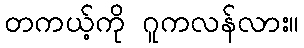
တကယ့်ကို ဂူကလန်လား။